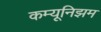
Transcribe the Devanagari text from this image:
कम्यूनिझम